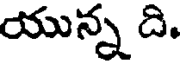
యున్న ది.